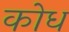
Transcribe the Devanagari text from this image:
कोध